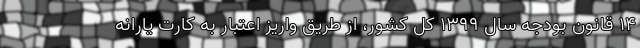
۱۴ قانون بودجه سال ۱۳۹۹ کل کشور، از طریق واریز اعتبار به کارت یارانه